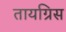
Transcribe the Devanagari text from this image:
तायग्रिस